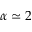
\alpha \simeq 2